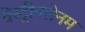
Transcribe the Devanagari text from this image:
वेस्ट्रीनलेनम